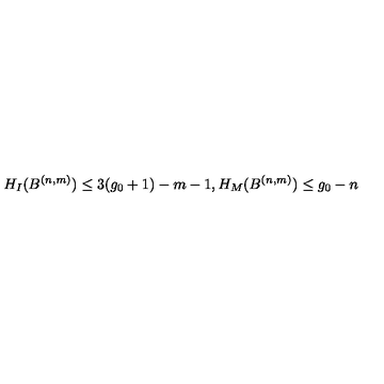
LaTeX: H _ { I } ( B ^ { ( n , m ) } ) \leq 3 ( g _ { 0 } + 1 ) - m - 1 , H _ { M } ( B ^ { ( n , m ) } ) \leq g _ { 0 } - n